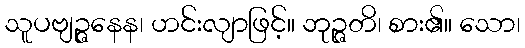
သူပဗျဉ္ဇနေန၊ ဟင်းလျာဖြင့်။ ဘုဉ္ဇတိ၊ စား၏။ သော၊